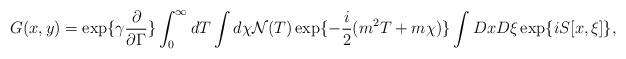
LaTeX: \begin{align*}G(x,y)= \exp\{\gamma \frac{\partial}{\partial \Gamma} \}\int_0^\infty dT \int d\chi {\cal N}(T) \exp\{-\frac{i}{2} (m^2 T +m \chi)\}\int Dx D\xi \exp\{i S[x,\xi]\},\end{align*}